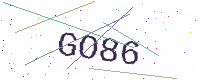
Text: GO86